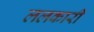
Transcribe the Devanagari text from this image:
ललकारी